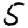
Digit: 5